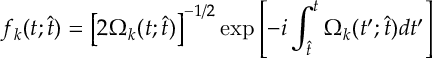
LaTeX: f _ { k } ( t ; \hat { t } ) = \left[ 2 \Omega _ { k } ( t ; \hat { t } ) \right] ^ { - 1 / 2 } \exp \left[ - i \int _ { \hat { t } } ^ { t } \Omega _ { k } ( t ^ { \prime } ; \hat { t } ) d t ^ { \prime } \right]